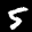
Label: 5